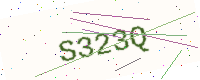
Text: S323Q